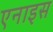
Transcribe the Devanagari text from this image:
एनाइस